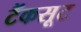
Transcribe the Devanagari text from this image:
टैंकसूट